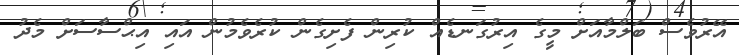
އޭރުވެސް ބަލްމާއަށް މީގެ އިރުގަނޑެއް ކުރިން ފެށިގެން ކުރެވެމުން އައި އިޙްސާސަށް މެދު